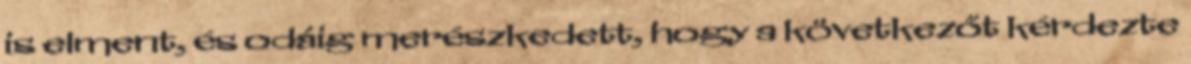
is elment, és odáig merészkedett, hogy a következőt kérdezte